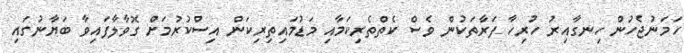
ހަމަނުޖެހުން ހިނގާއިރު ހުރިހާ ފަރާތަކުން ވެސް ކެތްތެރިކަމާއި މަޑުމައިތިރިކަން އިސްކުރުމަށް ގޮވާލާފައިވާ ބަޔާނުގައި